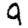
Digit: 9